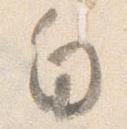
白